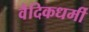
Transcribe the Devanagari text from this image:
वैदिकधर्मी